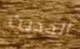
الحديث